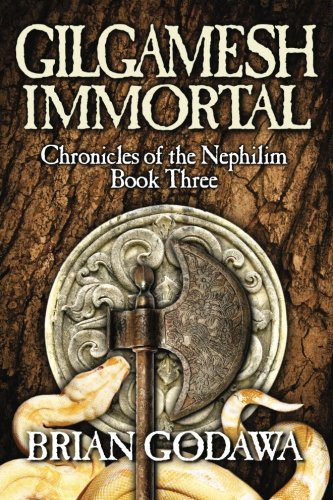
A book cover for Gilgamesh Immortal (Chronicles of the Nephilim) (Volume 3); Brian Godawa; Christian Books & Bibles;